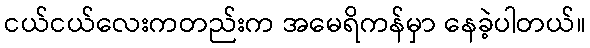
ငယ်ငယ်လေးကတည်းက အမေရိကန်မှာ နေခဲ့ပါတယ်။